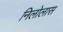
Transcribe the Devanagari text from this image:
निलोलास